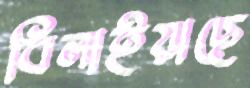
বিলাইয়াছে